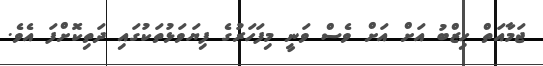
ޖަމާއަތް ހިޒްބު އަށް އަށް ވެސް ވަނީ މިފަހަރުގެ ފިޔަވަޅުތަކުގައި ދަތިކޮށްފަ އެވެ.